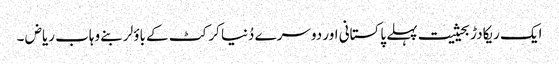
ایک ریکادڑ بحیثیت پہلے پاکستانی اور دوسرے دُنیا کرکٹ کے باؤلر بنے وہاب ریاض ۔